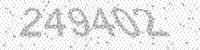
Solution: 249402